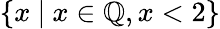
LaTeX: \{ x\ |\ x\in\mathbb{Q},x<2\}